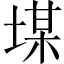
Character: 𡎡